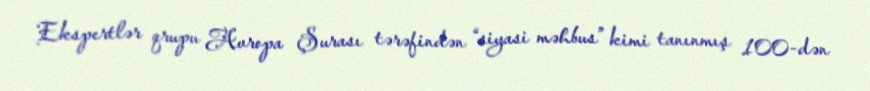
Ekspertlər qrupu Avropa Şurası tərəfindən “siyasi məhbus” kimi tanınmış 100-dən